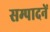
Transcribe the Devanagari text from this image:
सम्पादनें